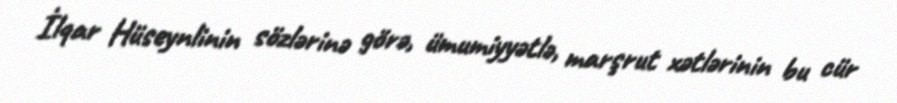
İlqar Hüseynlinin sözlərinə görə, ümumiyyətlə, marşrut xətlərinin bu cür